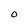
Character: O